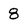
Character: 8